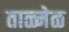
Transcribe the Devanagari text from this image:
ताळ्मेळ